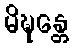
မိဍ္ဎန္တေ